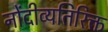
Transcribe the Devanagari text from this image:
नोंदीव्यतिरिक्त